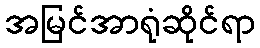
အမြင်အာရုံဆိုင်ရာ